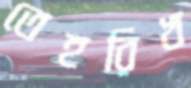
তেহরিখ